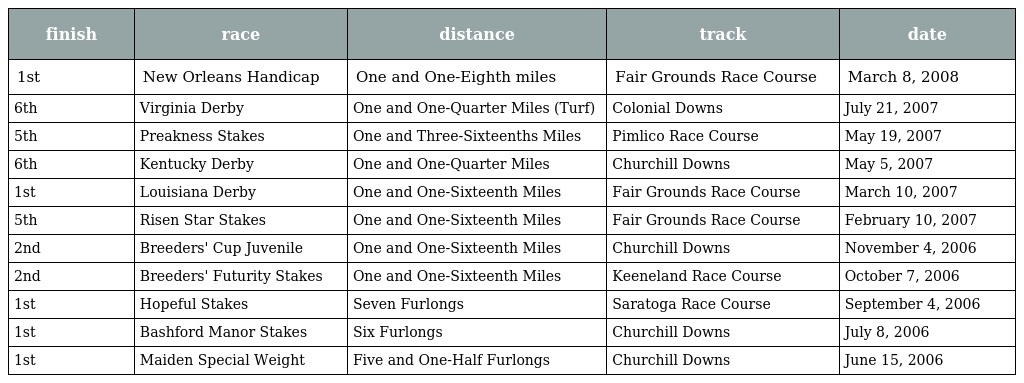
| finish | race | distance | track | date |
 | --- | --- | --- | --- | --- |
 | 1st | New Orleans Handicap | One and One-Eighth miles | Fair Grounds Race Course | March 8, 2008 |
 | 6th | Virginia Derby | One and One-Quarter Miles (Turf) | Colonial Downs | July 21, 2007 |
 | 5th | Preakness Stakes | One and Three-Sixteenths Miles | Pimlico Race Course | May 19, 2007 |
 | 6th | Kentucky Derby | One and One-Quarter Miles | Churchill Downs | May 5, 2007 |
 | 1st | Louisiana Derby | One and One-Sixteenth Miles | Fair Grounds Race Course | March 10, 2007 |
 | 5th | Risen Star Stakes | One and One-Sixteenth Miles | Fair Grounds Race Course | February 10, 2007 |
 | 2nd | Breeders' Cup Juvenile | One and One-Sixteenth Miles | Churchill Downs | November 4, 2006 |
 | 2nd | Breeders' Futurity Stakes | One and One-Sixteenth Miles | Keeneland Race Course | October 7, 2006 |
 | 1st | Hopeful Stakes | Seven Furlongs | Saratoga Race Course | September 4, 2006 |
 | 1st | Bashford Manor Stakes | Six Furlongs | Churchill Downs | July 8, 2006 |
 | 1st | Maiden Special Weight | Five and One-Half Furlongs | Churchill Downs | June 15, 2006 |